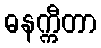
ဓနက္ကီတာ